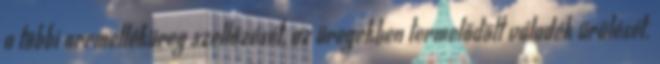
a többi orrmelléküreg szellőzését, az üregekben termelődött váladék ürülését.